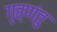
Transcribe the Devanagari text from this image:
गृह्णंतु